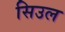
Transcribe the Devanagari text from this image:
सिउल